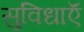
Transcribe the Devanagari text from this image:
सुविधाऍं